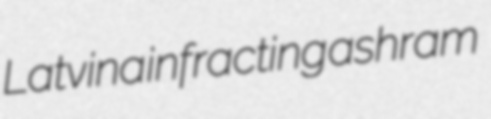
Latvina infracting ashram